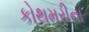
કોથમરીના